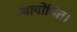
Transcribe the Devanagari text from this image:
न्यायोचित।